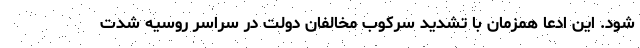
شود. این ادعا همزمان با تشدید سرکوب مخالفان دولت در سراسر روسیه شدت